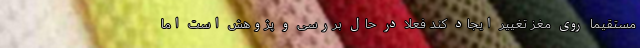
مستقیما روی مغز تغییر ایجاد کند فعلا در حال بررسی و پژوهش است اما